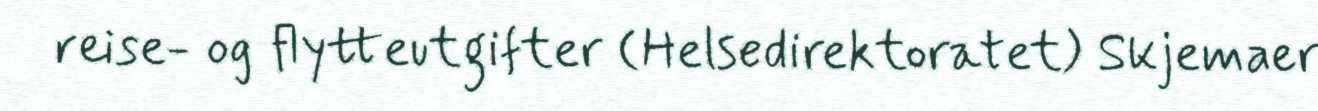
reise- og flytteutgifter (Helsedirektoratet) Skjemaer